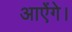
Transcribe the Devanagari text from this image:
आऐंगे।